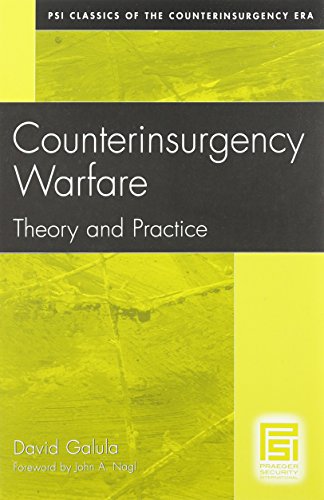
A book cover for Counterinsurgency Warfare: Theory and Practice (Psi Classics of the Counterinsurgency Era); David Galula; History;